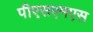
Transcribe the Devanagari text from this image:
पीएसएमएस